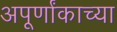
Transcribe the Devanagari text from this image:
अपूर्णांकाच्या